Reports on military cantonments and civil stations in the Presidency of Bombay inspected by the Sanitary Commissioner in the years 1875 and 1876
Year: 1875
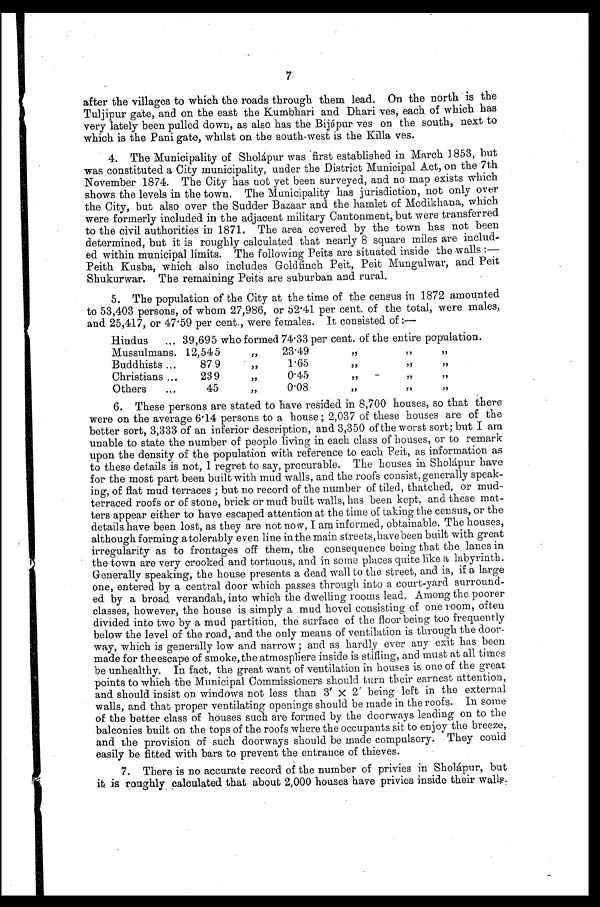
7
after the villages to which the roads through them lead. On the north is the
Tuljipur gate, and on the east the Kumbhari and Dhari ves, each of which has
very lately been pulled down, as also has the Bijápur ves on the south, next to
which is the Pani gate, whilst on the south-west is the Killa ves.
4. The Municipality of Shoápur was first established in March 1853, but
was constituted a City municipality, under the District Municipal Act, on the 7th
November 1874. The City has not yet been surveyed, and no map exists which
shows the levels in the town. The Municipality has jurisdiction, not only over
the City, but also over the Sudder Bazaar and the hamlet of Modikhana, which
were formerly included in the adjacent military Cantonment, but were transferred
to the civil authorities in 1871, The area covered by the town has not been
determined, but it is roughly calculated that nearly 8 square miles are includ-
ed within municipal limits. The following Peits are situated inside the walls :—
Peith Kusba, which also includes Goldfinch Peit, Peit Mungulwar, and Peit
Shukurwar. The remaining Peits are suburban and rural.
5. The population of the City at the time of the census in 1872 amounted
to 53,403 persons, of whom 27,986, or 52.41 per cent. of the total, were males,
and 25,417, or 47.59 per cent., were females. It consisted of :—
Hindus
... 39,695 who formed 74.33per cent. of the entire population.
Mussulmans. 12,54
,,
23.49
,, ,, ,,
Buddhists ...
87 9
,,
1.65
,,
,,
13
Christians ...
23 9
,,
0.45
,,
77
73
Others
...
45
,,
0.08
,,
,, ,,
6. These persons are stated to have resided in 8,700 houses, so that there
were on the average 6.14 persons to a house ; 2,037 of these houses are of the
better sort, 3,333 of an inferior description, and 3,350 of the worst sort; but I am
unable to state the number of people living in each class of houses, or to remark
upon the density of the population with reference to each Peit, as information as
to these details is not, I regret to say, procurable. The houses in Sholápur have
for the most part been built with mud walls, and the roofs consist, generally speak-
ing, of flat mud terraces ; but no record of the number of tiled, thatched, or mud-
terraced roofs or of stone, brick or mud built walls, has been kept, and these mat-
ters appear either to have escaped attention at the time of taking the census, or the
details have been lost, as they are not now, I am informed, obtainable. The houses,
although forming a tolerably even line in the main streets, have beenbuilt with great
irregularity as to frontages off them, the consequence being that the lanes in
the town are very crooked and tortuous, and in some places quite like a labyrinth.
Generally speaking, the house presents a dead wall to the street, and is, if a large
one, entered by a central door which passes through into a court-yard surround-
ed by a broad verandah, into which the dwelling rooms lead. Among the poorer
classes, however, the house is simply a mud hovel consisting of one room, often
divided into two by a mud partition, the surface of the floor being too frequently
below the level of the road, and the only means of ventilation is through the door-
way, which is generally low and narrow ; and as hardly ever any exit has been
made for the escape of smoke, the atmosphere inside is stifling, and must at all times
be unhealthy. In fact, the great want of ventilation in houses is one of the great
points to which the Municipal Commissioners should turn their earnest attention,
and should insist on windows not less than 3' x 2' being left in the external
walls, and that proper ventilating openings should be made in the roofs. In some
of the better class of houses such are formed by the doorways leading on to the
balconies built on the tops of the roofs where the occupants sit to enjoy the breeze,
and the provision of such doorways should be made compulsory. They could
easily be fitted with bars to prevent the entrance of thieves.
7. There is no accurate record of the number of privies in Sholápur, but
it is roughly calculated that about 2,000 houses have privies inside their walls,